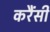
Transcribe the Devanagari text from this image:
करैंसी